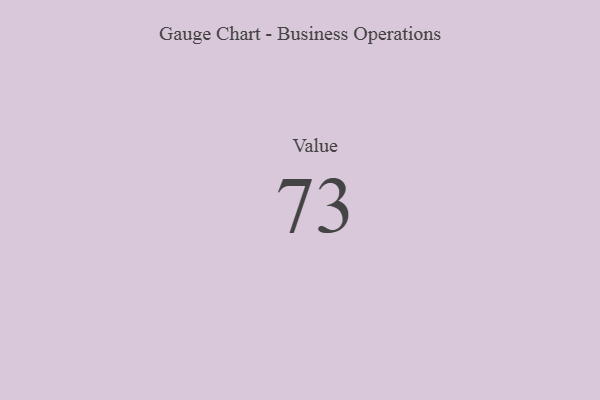
{"axis": {"x": "Metric", "y": "Value"}, "legend": [""], "data": [{"x": "Value", "y": 73, "type": ""}]}